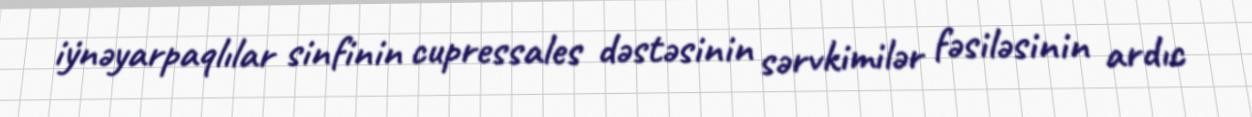
i̇ynəyarpaqlılar sinfinin cupressales dəstəsinin sərvkimilər fəsiləsinin ardıc